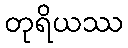
တုရိယဿ